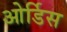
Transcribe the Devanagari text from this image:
ओर्डिस